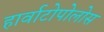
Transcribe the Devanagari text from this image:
हार्वाटोपोलोस